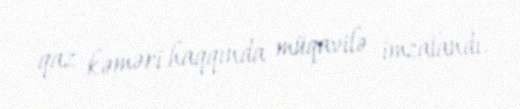
qaz kəməri haqqında müqavilə imzalandı.